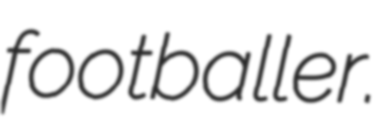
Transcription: footballer.